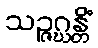
သဉ္ဇဂ္ဃန္တိံ